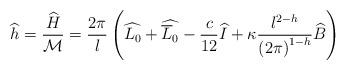
LaTeX: \begin{align*}\widehat{h}=\displaystyle\frac{\widehat{H}}{{\cal M}}=\displaystyle\frac{2\pi }{l}\left( \widehat{L_{0}}+\widehat{\overline{L}_{0}}-\displaystyle\frac{c}{12}\widehat{I}+\kappa \displaystyle\frac{l^{2-h}}{\left( 2\pi \right) ^{1-h}}\widehat{B}\right)\end{align*}